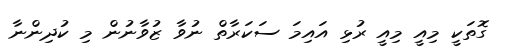
ގޮތަކީ މިއީ މިއީ ރުޅި އައިމަ ސަކަރާތް ނުވާ ޒުވާނުން މި ކުދިންނާ